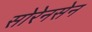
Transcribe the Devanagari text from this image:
सोरेनसेन